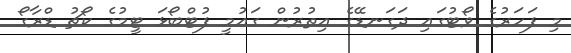
މި ފަހަރުގެ ވޯޓުގައި ދަގަނޑޭގެ އިތުރުން ގައުމީ ފުޓްބޯޅަ ޓީމުގެ ކޯޗު ޑްރާގޯ